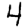
Digit: 4